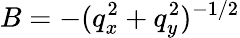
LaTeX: B=-(q_{x}^{2}+q_{y}^{2})^{-1/2}